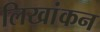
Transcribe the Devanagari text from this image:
लिखांकन